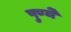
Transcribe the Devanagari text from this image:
पुण्ये